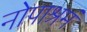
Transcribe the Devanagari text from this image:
नोपाश्रमं